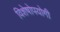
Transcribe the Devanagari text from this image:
विशेषोपयोगी